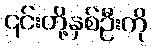
၎င်းတို့နှစ်ဦးကို